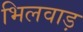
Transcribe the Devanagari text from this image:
भिलवाड़